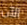
الآن